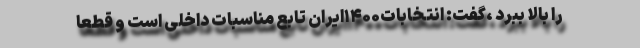
را بالا ببرد ،گفت: انتخابات۱۴۰۰ایران تابع مناسبات داخلی است و قطعا